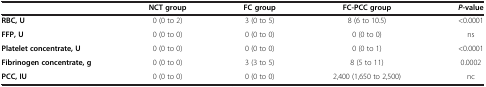
|  | NCT group | FC group | FC-PCC group | P-value |
 | --- | --- | --- | --- | --- |
 | RBC, U | 0 (0 to 2) | 3 (0 to 5) | 8 (6 to 10.5) | <0.0001 |
 | FFP, U | 0 (0 to 0) | 0 (0 to 0) | 0 (0 to 0) | ns |
 | Platelet concentrate, U | 0 (0 to 0) | 0 (0 to 0) | 0 (0 to 1) | <0.0001 |
 | Fibrinogen concentrate, g | 0 (0 to 0) | 3 (3 to 5) | 8 (5 to 11) | 0.0002 |
 | PCC, IU | 0 (0 to 0) | 0 (0 to 0) | 2,400 (1,650 to 2,500) | nc |